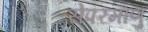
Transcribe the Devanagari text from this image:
सेपरमाणु